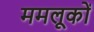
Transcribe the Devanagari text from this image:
ममलूकों